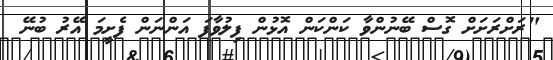
"ރަށްރަށަށް ގޮސް ބޭނުންވާ ކަންކަން އޮޅުން ފިލުވާފަ އަންނަން ފެށީމަ އޭރު ބުނޭ